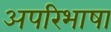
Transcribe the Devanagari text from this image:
अपरिभाषा